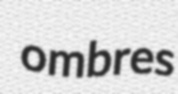
ombres